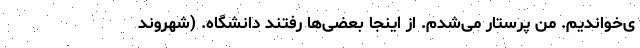
ی‌خواندیم. من پرستار ‌می‌شدم. از اینجا بعضی‌ها رفتند دانشگاه. (شهروند